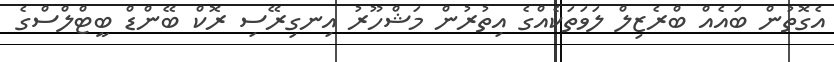
އެގޮތުން ބައެއް ބްރެޒިލް ލަވަތަކެއްގެ އިތުރުން މަޝްހޫރު އިނގިރޭސި ރޮކް ބޭންޑް ބީޓްލްސްގެ